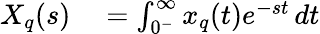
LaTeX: \begin{array}{rl}{X_{q}(s)}&{{}=\int_{0^{-}}^{\infty}x_{q}(t)e^{-st}\, dt}\end{array}